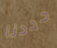
حددنا